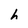
Character: h